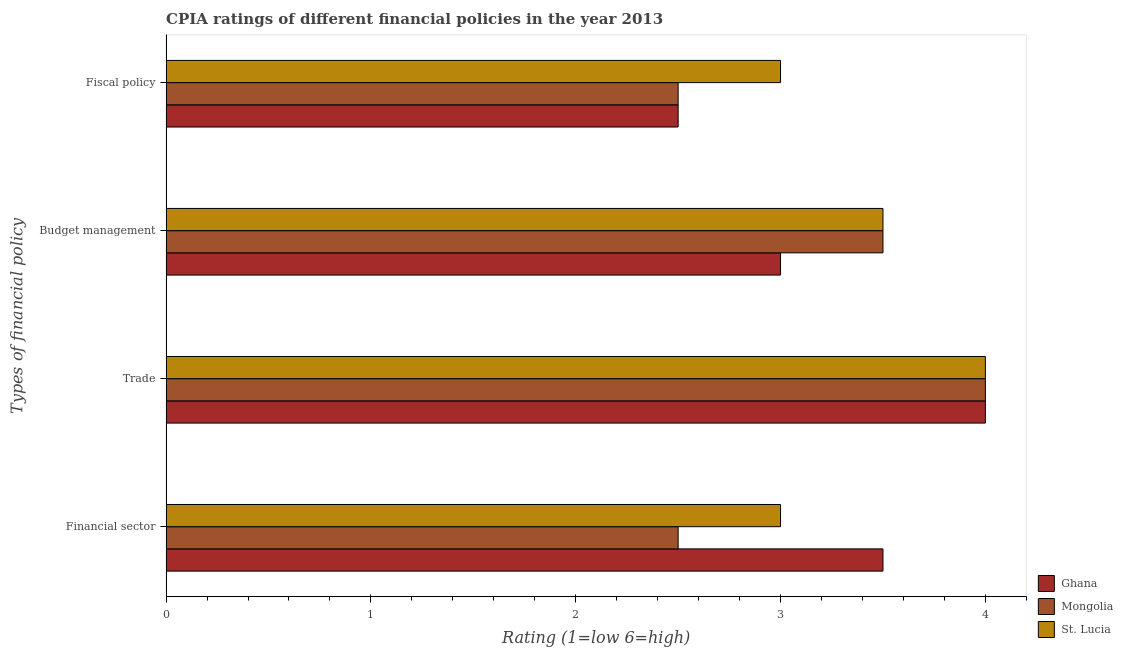
| Types of financial policy | Ghana | Mongolia | St. Lucia |
 | --- | --- | --- | --- |
 | Financial sector | 3.5 | 2.5 | 3 |
 | Trade | 4 | 4 | 4 |
 | Budget management | 3 | 3.5 | 3.5 |
 | Fiscal policy | 2.5 | 2.5 | 3 |